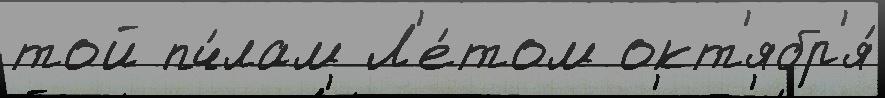
той пч́лам Л'е́том окт'ябр'я́